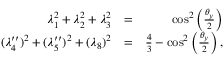
\begin{array} { r l r } { \lambda _ { 1 } ^ { 2 } + \lambda _ { 2 } ^ { 2 } + \lambda _ { 3 } ^ { 2 } } & { = } & { \cos ^ { 2 } \left( \frac { \theta _ { y } } { 2 } \right) } \\ { ( \lambda _ { 4 } ^ { \prime \prime } ) ^ { 2 } + ( \lambda _ { 5 } ^ { \prime \prime } ) ^ { 2 } + ( \lambda _ { 8 } ) ^ { 2 } } & { = } & { \frac { 4 } { 3 } - \cos ^ { 2 } \left( \frac { \theta _ { y } } { 2 } \right) , } \end{array}